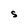
Character: S